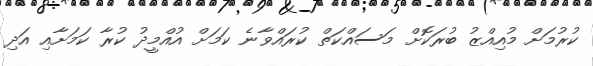
ކުރުމަށް މުއިއްޒު ބުރަކޮށް މަސައްކަތް ކުރައްވާނެ ކަމަށް އުއްމީދު ކުރާ ކަމަށާއި އަދި